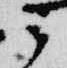
ミ